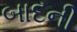
બાદની